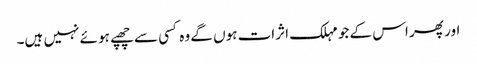
اور پھر اس کے جو مہلک اثرات ہوں گے وہ کسی سے چھپے ہوئے نہیں ہیں۔